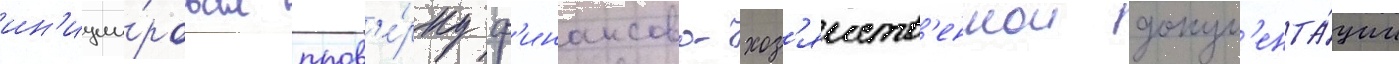
ин'иции́ровал пров'е́рку ф'инансово-хоз'яиств'еннои докум'ента́ции